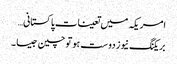
امریکہ میں تعینات پاکستانی…
بریکنگ نیوز دوست ہو تو چین جیسا ۔